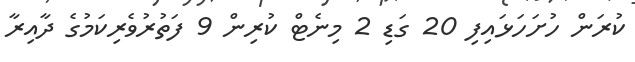
ކުރަން ހުށަހަޅައިފި 20 ގަޑި 2 މިނެޓް ކުރިން 9 ފަތުރުވެރިކަމުގެ ދާއިރާ